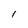
Character: I